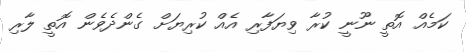
ކަމެއް އޮތީ ނޫނީ ކުރާ ވިޔަފާރި އެއް ކުރިޔަށް ގެންދެވެން އޮތީ ލާރި